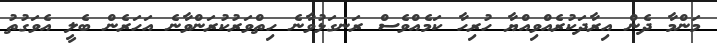
މަންމާ ދެން އިރާދަކުރެއްވިއްޔާ ހުރިހާ ކަމެއްވެސް ރަނގަޅުވާނެ ހިތްވަރުކުރަންވާނެ އަހަރެން ބެލީ އެވަގުތު